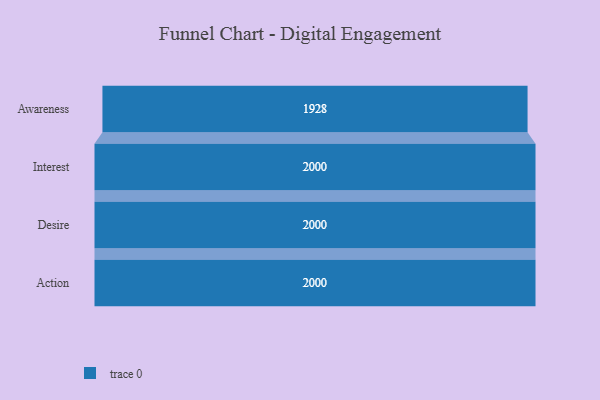
{"axis": {"x": "Stage", "y": "Value"}, "legend": [""], "data": [{"x": "Awareness", "y": 1928.0, "type": ""}, {"x": "Interest", "y": 2000, "type": ""}, {"x": "Desire", "y": 2000, "type": ""}, {"x": "Action", "y": 2000, "type": ""}]}